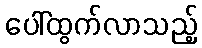
ပေါ်ထွက်လာသည့်